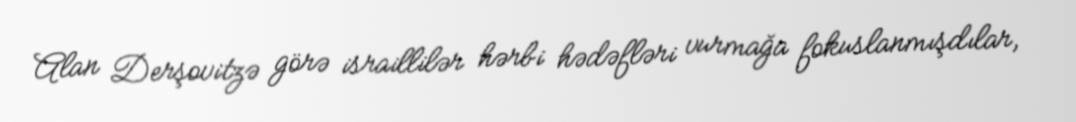
Alan Derşovitzə görə israillilər hərbi hədəfləri vurmağa fokuslanmışdılar,